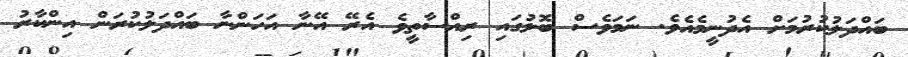
ބައްދަލުކުރުމަށް އެދުނީމެއެވެ. ނަމަވެސް ބޮލުގައި ރިއްސާތީވެ އެރޭ އޭނާ އަހަންނާ ބައްދަލުކުރަން އިންކާރު